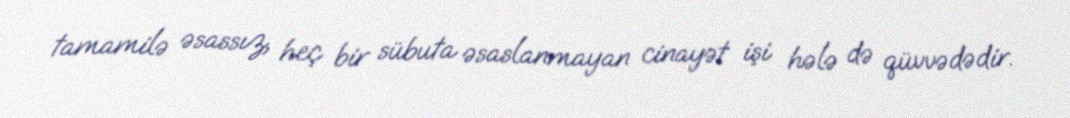
tamamilə əsassız, heç bir sübuta əsaslanmayan cinayət işi hələ də qüvvədədir.